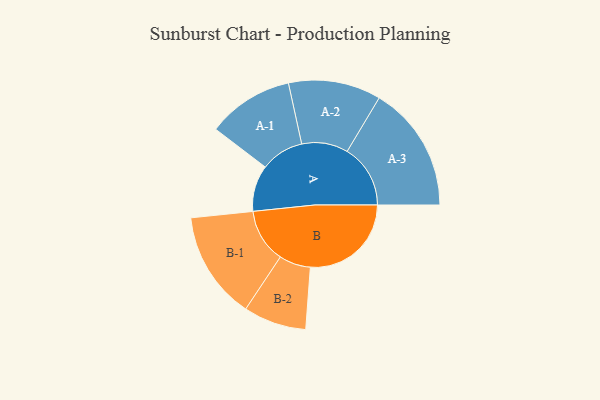
{"axis": {"x": "Segment", "y": "Value"}, "legend": ["", "A", "B"], "data": [{"x": "A", "y": 150, "type": ""}, {"x": "B", "y": 327, "type": ""}, {"x": "A-1", "y": 140, "type": "A"}, {"x": "A-2", "y": 150, "type": "A"}, {"x": "A-3", "y": 205, "type": "A"}, {"x": "B-1", "y": 175, "type": "B"}, {"x": "B-2", "y": 102, "type": "B"}]}